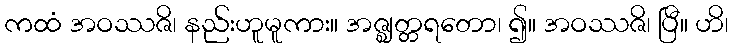
ကထံ အဝဿဇိ၊ နည်းဟူမူကား။ အဇ္ဈတ္တရတော၊ ၍။ အဝဿဇိ၊ ပြီ။ ဟိ၊